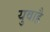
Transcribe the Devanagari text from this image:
युवाहै